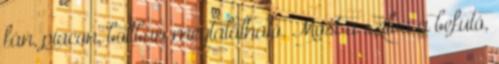
fán, piacon, boltban megtalálható. Most a szilva a befutó,